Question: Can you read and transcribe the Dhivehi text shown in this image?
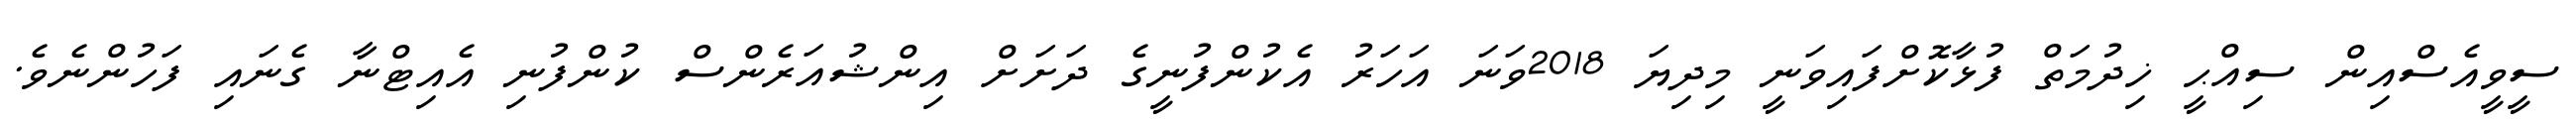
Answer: ސީވީއެސްއިން ސިއްޙީ ޚިދުމަތް ފުޅާކޮށްފައިވަނީ މިދިޔަ 2018ވަނަ އަހަރު އެކުންފުނީގެ ދަށަށް އިންޝުއަރެންސް ކުންފުނި އެއިޓްނާ ގެނައި ފަހުންނެވެ.